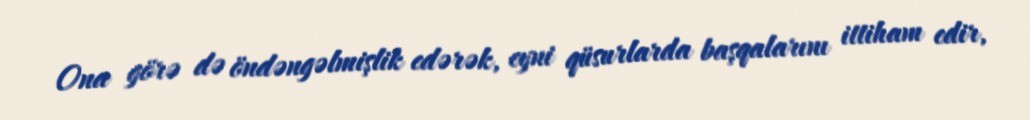
Ona görə də öndəngəlmişlik edərək, eyni qüsurlarda başqalarını ittiham edir,